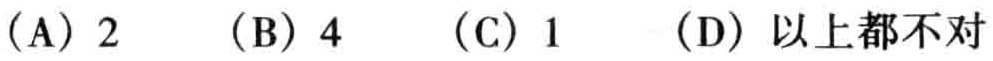
(A) \(2\)  (B) \(4\)  (C) \(1\)  (D) 以上都不对